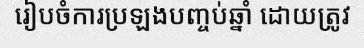
រៀបចំការប្រឡងបញ្ចប់ឆ្នាំ ដោយត្រូវ